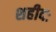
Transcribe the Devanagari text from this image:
शहीदः